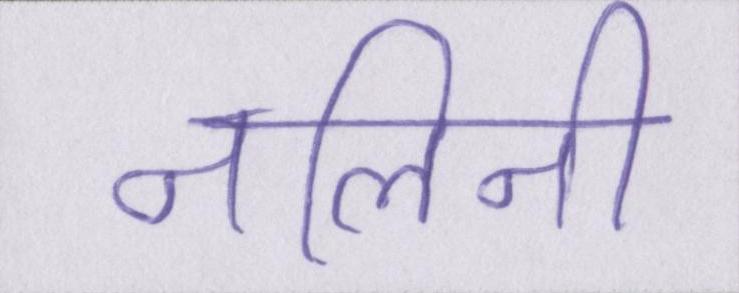
नलिनी